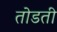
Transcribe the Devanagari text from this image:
तोडती